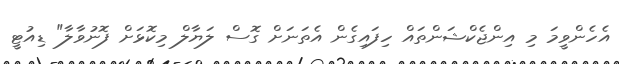
އެހެންވީމަ މި އިންޖެކްޝަންތައް ހިފައިގެން އެތަނަށް ގޮސް ލަޔާލް މިކޮޅަށް ފޮނުވާލާ" ޑިއުޓީ